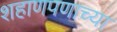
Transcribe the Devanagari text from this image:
शहाणपणाच्या